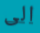
الى